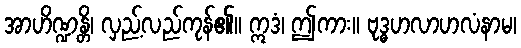
အာဟိဏ္ဍန္တိ၊ လှည့်လည်ကုန်၏။ ဣဒံ၊ ဤကား။ ဗုဒ္ဓဟလာဟလံနာမ၊